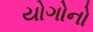
યોગોનો